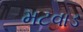
મટવાડ